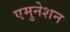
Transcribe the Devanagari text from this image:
एमुनेशन